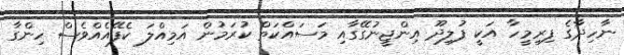
ނާހިދާގެ ފިރިމީހާ އަކީ ފުލިދޫ އިންޖީނުގޭގާއި މަސައްކަތް ކުރަމުން އަމިއްލަ ކެފޭއެއްވެސް ހިންގާ